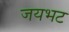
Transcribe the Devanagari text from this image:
जयभट